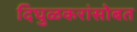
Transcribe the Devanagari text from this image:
दिघुळकरांसोबत